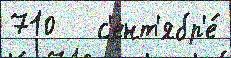
710   с'ент'ябр'е́